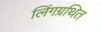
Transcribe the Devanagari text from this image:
लिंगग्रथित